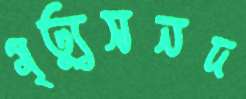
মৃত্যুসনদ